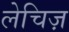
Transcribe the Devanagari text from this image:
लेचिज़